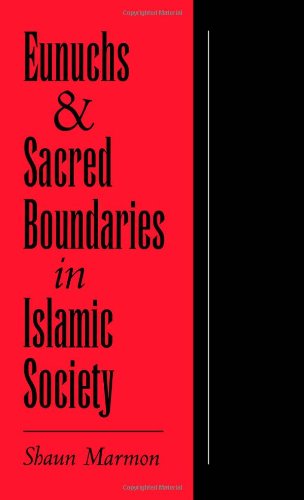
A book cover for Eunuchs and Sacred Boundaries in Islamic Society (Studies in Middle Eastern History); Shaun Marmon; Religion & Spirituality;